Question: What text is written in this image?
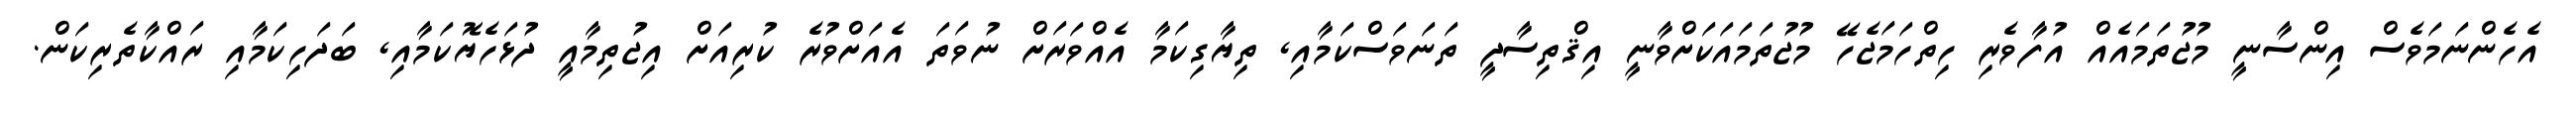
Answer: އެހެންނަމަވެސް އިންސާނީ މުޖުތަމައެއް އުފާވެރި ހިތްހަމަޖެހޭ މުޖުތަމައަކަށްވާނީ އިޤްތިސާދީ ތަނަވަސްކަމާއި, ތިޔާގިކަމާ އެއްވަރަށް ނުވަތަ އެއަށްވުރެ ކުރިއަށް އިޖުތިމާއީ ދުޅަހެޔޮކަމާއި, ބަދަހިކަމާއި ރައްކާތެރިކަން.